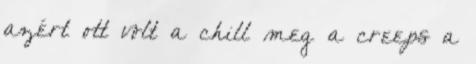
azért ott volt a chill meg a creeps a